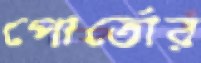
পোর্তোর